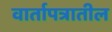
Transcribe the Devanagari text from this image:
वार्तापत्रातील